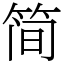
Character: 简